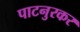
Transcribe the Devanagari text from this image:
पाटनुरकर